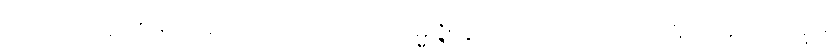
အဘယ်သို့လျှင်။ ပုဂ္ဂလော၊ ပုဂ္ဂိုလ်သည်။ ဥမ္မုဇ္ဇိတွာ၊ ပေါ်၍။ ပတရတိ၊ ကူးသနည်း။ ဣဓ၊